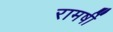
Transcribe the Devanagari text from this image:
रामर्षी